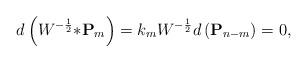
LaTeX: \begin{align*}d\left(W^{-\frac{1}{2}}{\ast {\bf P}_{m}}\right)=k_{m}W^{-\frac{1}{2}}d\left({\bf P}_{n-m}\right)=0,\end{align*}